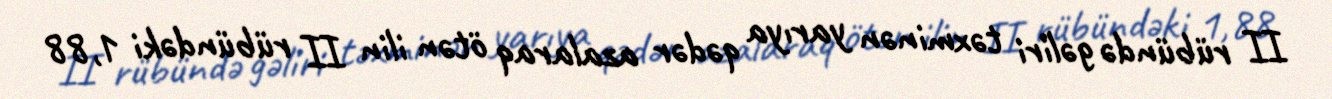
II rübündə gəliri təxminən yarıya qədər azalaraq ötən ilin II rübündəki 1,88